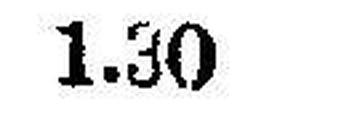
1.30